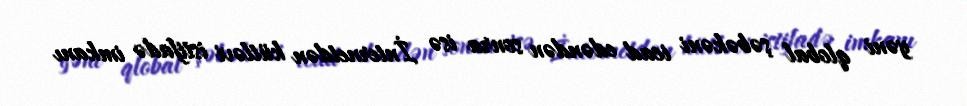
yəni qlobal şəbəkəni icad edəndən sonra isə İnternetdən kütləvi istifadə imkanı